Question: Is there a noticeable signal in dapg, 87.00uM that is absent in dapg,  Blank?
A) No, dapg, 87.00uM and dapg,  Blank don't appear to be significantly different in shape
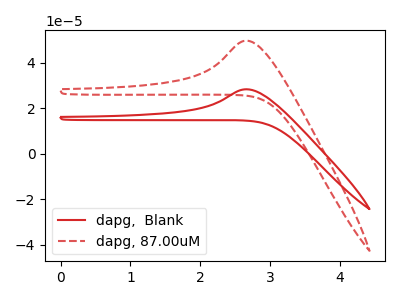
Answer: <think>The red curve "dapg,  Blank" has an anodic peak at: (2.65V, 28.30uA). The red dashed curve "dapg, 87.00uM" has an anodic peak at: (2.65V, 49.60uA).
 All the peaks in "dapg, 87.00uM" have a peak in "dapg,  Blank" at the same potential. Every peak in "dapg, 87.00uM" is higher than every peak in "dapg,  Blank".</think>
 <answer>A) No, "dapg, 87.00uM" and "dapg,  Blank" don't appear to be significantly different in shape</answer>
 <eval>A</eval>